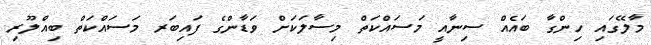
މާލޭގައި ހިންގާ ބައެއް ސިނާއީ މަސައްކަތް މިސާލަކަށް ވަޑާންގެ ފައިބަރ މަސައްކަތް ބިއްލޫރި